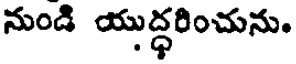
నుండి యుద్ధరించును.